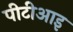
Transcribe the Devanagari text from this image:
पीटीआइ